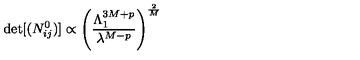
\det [ ( N _ { i j } ^ { 0 } ) ] \propto \left( { \frac { \Lambda _ { 1 } ^ { 3 M + p } } { \lambda ^ { M - p } } } \right) ^ { \frac { 2 } { M } }